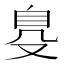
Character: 𦤂